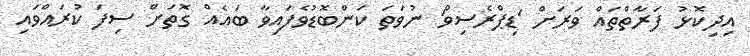
އިދިކޮޅު ފަރާތްތައް ވަރަށް 'ޑިޕްރެސިވް' ނުވަތަ ކަންބޮޑުވެފައިވާ ބައެއް ގޮތަށް ސިފަ ކުރައްވައި